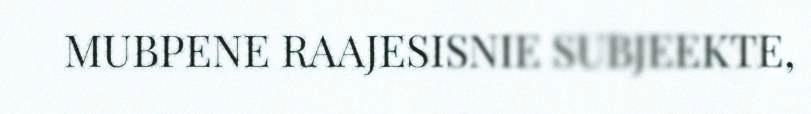
MUBPENE RAAJESISNIE SUBJEEKTE,